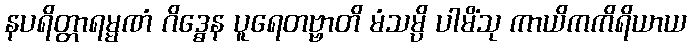
နပရိတ္တာရမ္မဏံ ဂိဒ္ဓေန ပူရေတဗ္ဗာတိ မံသမ္ပိ ပါမိံသု ကာယိကကိရိယာယ